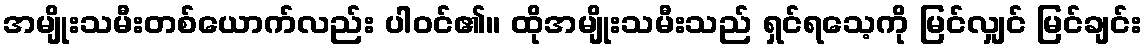
အမျိုးသမီးတစ်ယောက်လည်း ပါဝင်၏။ ထိုအမျိုးသမီးသည် ရှင်ရသေ့ကို မြင်လျှင် မြင်ချင်း